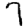
Digit: 7